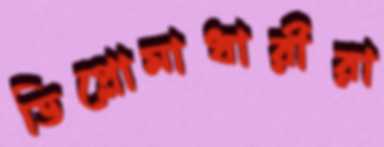
ডিপ্লোমাধারীরা